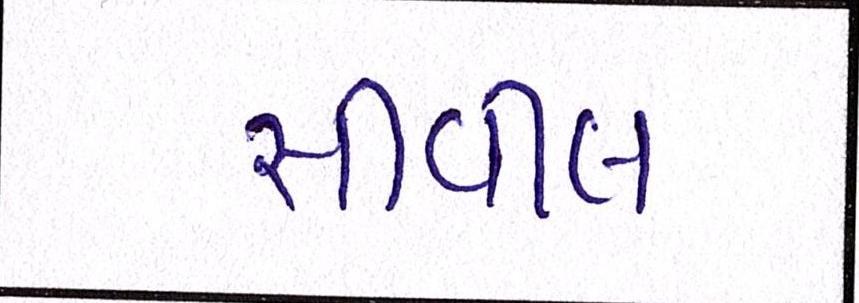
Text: સીવીલ